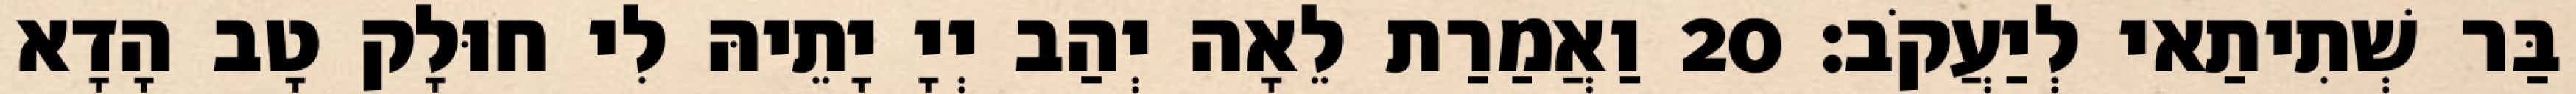
בַּר שְׁתִיתַאי לְיַעֲקֹב׃ 20 וַאֲמַרַת לֵאָה יְהַב יְיָ יָתֵיהּ לִי חוּלָק טָב הָדָא